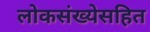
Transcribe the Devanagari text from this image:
लोकसंख्येसहित